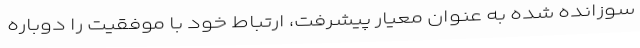
سوزانده شده به عنوان معیار پیشرفت، ارتباط خود با موفقیت را دوباره